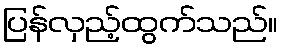
ပြန်လှည့်ထွက်သည်။